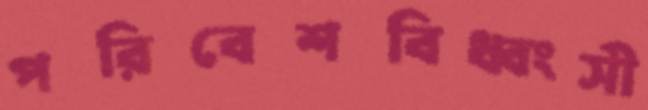
পরিবেশবিধ্বংসী